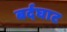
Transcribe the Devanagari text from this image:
बर्दघाट